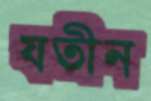
যতীন